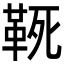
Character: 𩊢